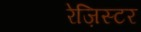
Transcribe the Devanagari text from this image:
रेज़िस्टर